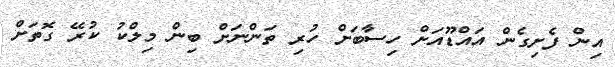
އިން ފެށިގެން އައްޑޫއަށް ހިސާބަށް ހުރި ތަންނަށް ބިން މިލްކު ކުރޭ ގޮތަށް